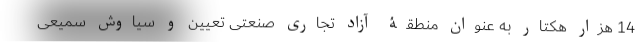
14 هزار هکتار به عنوان منطقۀ آزاد تجاری صنعتی تعیین و سیاوش سمیعی